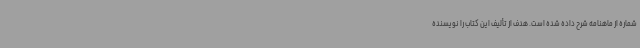
شماره از ماهنامه شرح داده شده است. هدف از تألیف این کتاب را نویسنده